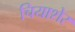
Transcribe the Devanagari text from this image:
चियाशेर